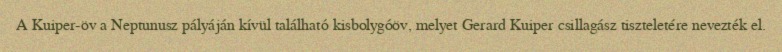
A Kuiper-öv a Neptunusz pályáján kívül található kisbolygóöv, melyet Gerard Kuiper csillagász tiszteletére nevezték el.